Report of the Indian Hemp Drugs Commission, 1894-1895 - Volume V
Year: 1894
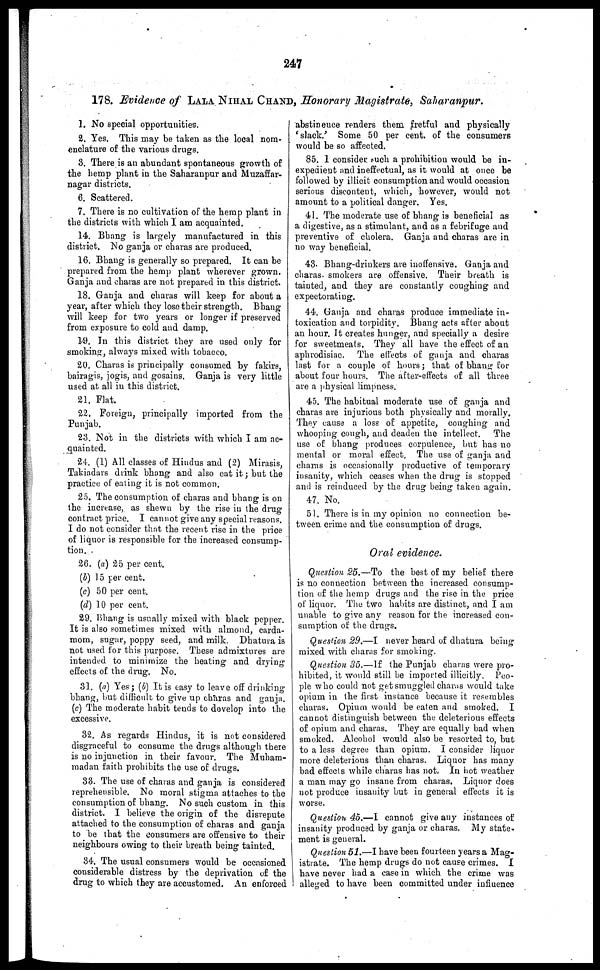
247
178. Evidence of LALA NIHAL CHAND, Honorary Magistrate, Saharanpur.
1. No special opportunities.
2. Yes. This may be taken as the local nom-
enclature of the various drugs.
3. There is an abundant spontaneous growth of
the hemp plant in the Saharanpur and Muzaffar-
nagar districts.
6. Scattered.
7. There is no cultivation of the hemp plant in
the districts with which I am acquainted.
14. Bhang is largely manufactured in this
district. No ganja or charas are produced.
16. Bhang is generally so prepared. It can be
prepared from the hemp plant wherever grown.
Ganja and charas are not prepared in this district.
18. Ganja and charas will keep for about a
year, after which they lose their strength. Bhang
will keep for two years or longer if preserved
from exposure to cold and damp.
19. In this district they are used only for
smoking, always mixed with tobacco.
20. Charas is principally consumed by fakirs,
bairagis, jogis, and gosains. Ganja is very little
used at all in this district.
21. Flat.
22. Foreign, principally imported from the
Punjab.
23. Not in the districts with which I am ac-
quainted.
24. (1) All classes of Hindus and (2) Mirasis,
Takiadars drink bhang and also cat it ; but the
practice of eating it is not common.
25. The consumption of charas and bhang is on
the increase, as shewn by the rise in the drug
contract price. I cannot give any special reasons.
I do not consider that the recent rise in the price
of liquor is responsible for the increased consump-
tion.
26. (a) 25 per cent.
(b) 15 per cent.
(c) 50 per cent.
(d) 10 per cent.
29. Bhang is usually mixed with black pepper.
It is also sometimes mixed with almond, carda-
mom, sugar, poppy seed, and milk. Dhatura is
not used for this purpose. These admixtures are
intended to minimize the heating and drying
effects of the drug. No.
31. (a) Yes; (b) It is easy to leave off drinking
bhang, but difficult to give up charas and ganja.
(c) The moderate habit tends to develop into the
excessive.
32. As regards Hindus, it is not considered
disgraceful to consume the drugs although there
is no injunction in their favour. The Muham-
mad an faith prohibits the use of drugs.
33. The use of charas and ganja is considered
reprehensible. No moral stigma attaches to the
consumption of bhang. No such custom in this
district. I believe the origin of the disrepute
attached to the consumption of charas and ganja
to be that the consumers are offensive to their
neighbours owing to their breath being tainted.
34. The usual consumers would be occasioned
considerable distress by the deprivation of the
drug to which they are accustomed. An enforced
abstinence renders them fretful and physically
'slack.' Some 50 per cent. of the consumers
would be so affected.
85. 1 consider such a prohibition would be in-
expedient and ineffectual, as it would at once be
followed by illicit consumption and would occasion
serious discontent, which, however, would not
amount to a political danger. Yes.
41. The moderate use of bhang is beneficial as
a digestive, as a stimulant, and as a febrifuge and
preventive of cholera. Ganja and charas are in
no way beneficial.
43. Bhang-drinkers are inoffensive. Ganja and
charas smokers are offensive. Their breath is
tainted, and they are constantly coughing and
expectorating.
44. Ganja and charas produce immediate in-
toxication and torpidity. Bhang acts after about
an hour. It creates hunger, and specially a desire
for sweetmeats. They all have the effect of an
aphrodisiac. The effects of ganja and charas
last for a couple of hours ; that of bhang for
about four hours. The after-effects of all three
are a physical limpness.
45. The habitual moderate use of ganja and
charas are injurious both physically and morally.
They cause a loss of appetite, coughing and
whooping cough, and deaden the intellect. The
use of bhang produces corpulence, but has no
mental or moral effect. The use of ganja and
charas is occasionally productive of temporary
insanity, which ceases when the drug is stopped
and is reinduced by the drug being taken again.
47. No.
51. There is in my opinion no connection be-
tween crime and the consumption of drugs.
Oral evidence.
Question 25.—To the best of my belief there
is no connection between the increased consump-
tion of the hemp drugs and the rise in the price
of liquor. The two habits are distinct, and I am
unable to give any reason for the increased con-
sumption of the drugs.
Question 29.—I never heard of dhatura being
mixed with charas for smoking.
Question 35.—If the Punjab charas were pro-
hibited, it would still be imported illicitly. Peo-
ple who could not get smuggled charas would take
opium in the first instance because it resembles
charas. Opium would be eaten and smoked. I
cannot distinguish between the deleterious effects
of opium and charas. They are equally bad when
smoked. Alcohol would also be resorted to, but
to a less degree than opium. I consider liquor
more deleterious than charas. Liquor has many
bad effects while charas has not, In hot weather
a man may go insane from charas. Liquor does
not produce insanity but in general effects it is
worse.
Question 45.—I cannot give any instances of
insanity produced by ganja or charas. My state-
ment is general.
Question 51.—I have been fourteen years a Mag-
istrate. The hemp drugs do not cause crimes. I
have never had a case in which the crime was
alleged to have been committed under influence